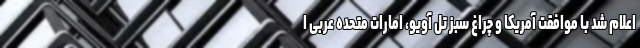
اعلام شد با موافقت آمریکا و چراغ سبز تل آویو، امارات متحده عربی ا